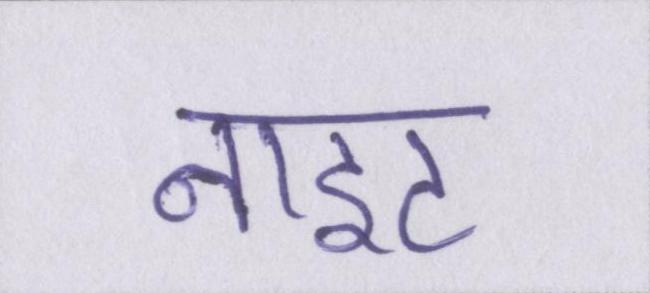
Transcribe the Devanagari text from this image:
नाइट